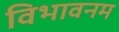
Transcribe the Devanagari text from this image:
विभावनम